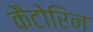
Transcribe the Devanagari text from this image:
कैटोरिन